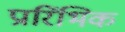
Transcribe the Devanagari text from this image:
प्रारिंभिक